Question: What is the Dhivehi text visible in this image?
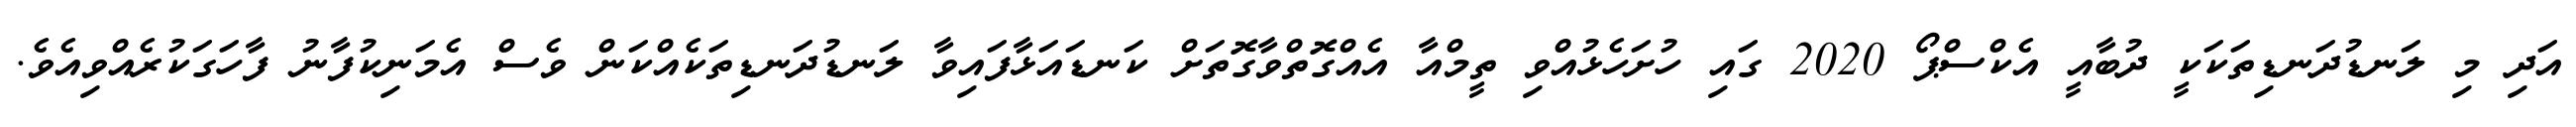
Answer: އަދި މި ލަނޑުދަނޑިތަކަކީ ދުބާއީ އެކްސްޕޯ 2020 ގައި ހުށަހެޅުއްވި ތީމްއާ އެއްގޮތްވާގޮތަށް ކަނޑައަޅާފައިވާ ލަނޑުދަނޑިތަކެއްކަން ވެސް އެމަނިކުފާނު ފާހަގަކުރެއްވިއެވެ.